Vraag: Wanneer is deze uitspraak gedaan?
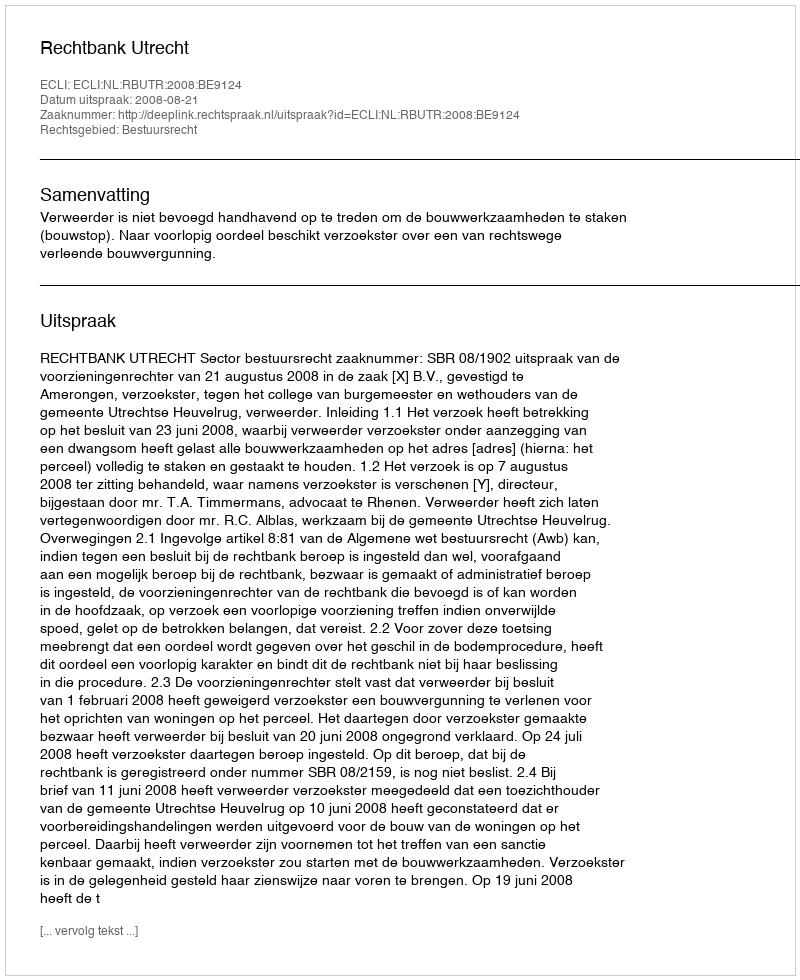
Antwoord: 2008-08-21